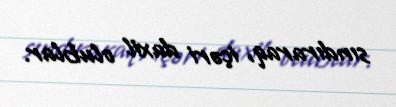
sındıraraq, içəri daxil olublar.